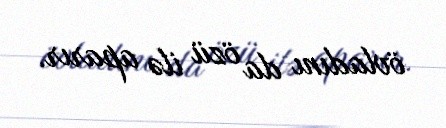
övladını da özü ilə aparır.